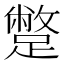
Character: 蹩